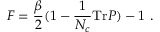
F = { \frac { \beta } { 2 } } ( 1 - { \frac { 1 } { N _ { c } } } \mathrm { T r } P ) - 1 \ .